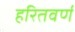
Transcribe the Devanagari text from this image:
हरितवर्ण